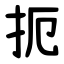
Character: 扼